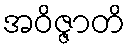
အဝိဇ္ဇာတိ